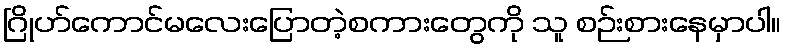
ဂြိုဟ်ကောင်မလေးပြောတဲ့စကားတွေကို သူ စဉ်းစားနေမှာပါ။